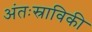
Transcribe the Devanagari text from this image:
अंतःस्राविकी